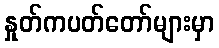
နှုတ်ကပတ်တော်များမှာ